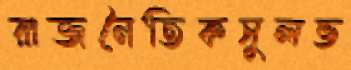
রাজনৈতিকসুলভ